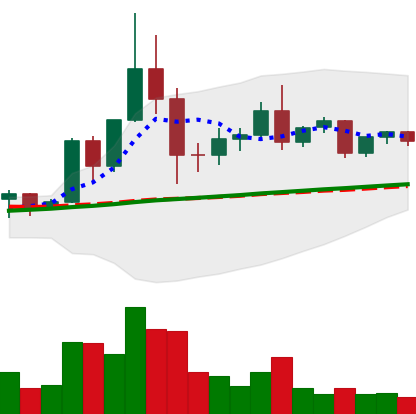
Ticker: TRX-USD
Chart end date: 2020-12-07
Forward return: -5.756%
Label: down_5_7